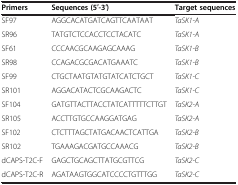
| Primers | Sequences (5′-3′) | Target sequences |
 | --- | --- | --- |
 | SF97 | AGGCACATGATCAGTTCAATAAT | TaSK1-A |
 | SR96 | TATGTCTCCACCTCCTACATC | TaSK1-A |
 | SF61 | CCCAACGCAAGAGCAAAG | TaSK1-B |
 | SR98 | CCAGACGCGACATGAAATC | TaSK1-B |
 | SF99 | CTGCTAATGTATGTATCATCTGCT | TaSK1-C |
 | SR101 | AGGACATACTCGCAAGACTC | TaSK1-C |
 | SF104 | GATGTTACTTACCTATCATTTTTCTTGT | TaSK2-A |
 | SR105 | ACCTTGTGCCAAGGATGAG | TaSK2-A |
 | SF102 | CTCTTTAGCTATGACAACTCATTGA | TaSK2-B |
 | SR102 | TGAAAGACGATGCCAAACG | TaSK2-B |
 | dCAPS-T2C-F | GAGCTGCAGCTTATGCGTTCG | TaSK2-C |
 | dCAPS-T2C-R | AGATAAGTGGCATCCCCTGTTTGG | TaSK2-C |